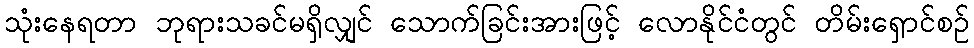
သုံးနေရတာ ဘုရားသခင်မရှိလျှင် သောက်ခြင်းအားဖြင့် လောနိုင်ငံတွင် တိမ်းရှောင်စဉ်